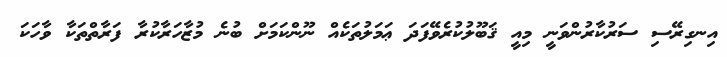
އިނގިރޭސި ސަރުކާރުންވަނީ މިއީ ޤަބޫލުކުރެވޭފަދަ ޢަމަލުތަކެއް ނޫންކަމަށް ބުނެ މުޒާހަރާކުރާ ފަރާތްތަކާ ވާހަކަ